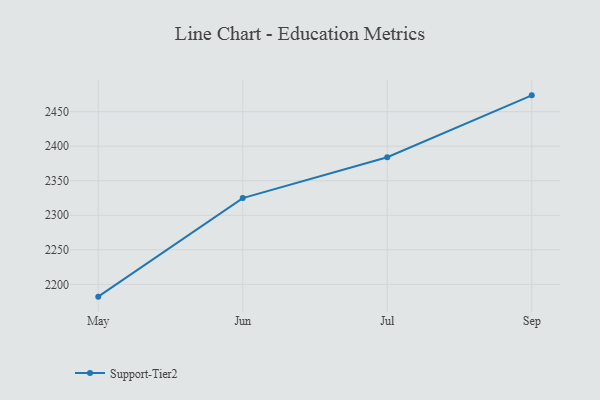
{"axis": {"x": "Month", "y": "Active Users"}, "legend": ["Support-Tier2"], "data": [{"x": "May", "y": 2182.2, "type": "Support-Tier2"}, {"x": "Jun", "y": 2324.9, "type": "Support-Tier2"}, {"x": "Jul", "y": 2384.0, "type": "Support-Tier2"}, {"x": "Sep", "y": 2473.6, "type": "Support-Tier2"}]}